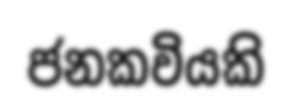
ජනකවියකි